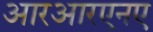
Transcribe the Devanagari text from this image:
आरआरएनए